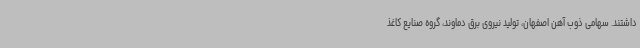
داشتند. سهامی ذوب آهن اصفهان، تولید نیروی برق دماوند، گروه صنایع کاغذ